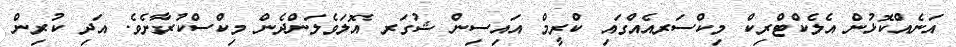
އަނެއްކޮޅުން އެލެކްޓްރިކް މިކްސަރއެއްގައި ކްރީމް އައިސިން ޝުގަރ އޮލަވެލަންދެން މިކްސްކުރާށެވެ. އަދި ކުރިން